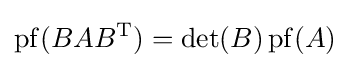
\operatorname {pf} (BAB^{\mathrm {T} })=\operatorname {det} (B)\operatorname {pf} (A)